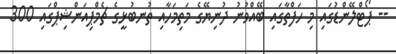
-- ޕޯޓްލޭންޑުގައި މި ހަފްތާގައި ބޭއްވުނު ދުނިޔޭގެ މަތިމަހާއި ތުނބުޅީގެ ޗެމްޕިއަންޝިޕްގައި 300